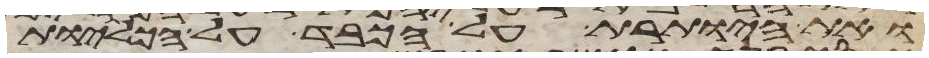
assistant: ואת היותרת על הכבד על הכליות